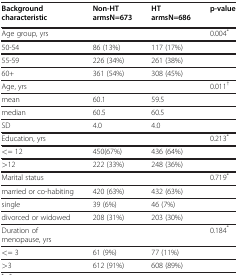
<table><thead><tr><td><b>Background characteristic</b></td><td><b>Non-HT armsN=673</b></td><td><b>HT armsN=686</b></td><td><b>p-value</b></td></tr></thead><tbody><tr><td>Age group, yrs</td><td> </td><td> </td><td>0.004<sup>*</sup></td></tr><tr><td>50-54</td><td>86 (13%)</td><td>117 (17%)</td><td> </td></tr><tr><td>55-59</td><td>226 (34%)</td><td>261 (38%)</td><td> </td></tr><tr><td>60+</td><td>361 (54%)</td><td>308 (45%)</td><td> </td></tr><tr><td>Age, yrs</td><td> </td><td> </td><td>0.011<sup>†</sup></td></tr><tr><td>mean</td><td>60.1</td><td>59.5</td><td> </td></tr><tr><td>median</td><td>60.5</td><td>60.5</td><td> </td></tr><tr><td>SD</td><td>4.0</td><td>4.0</td><td> </td></tr><tr><td>Education, yrs</td><td> </td><td> </td><td>0.213<sup>*</sup></td></tr><tr><td>&lt;= 12</td><td>450(67%)</td><td>436 (64%)</td><td> </td></tr><tr><td>&gt;12</td><td>222 (33%)</td><td>248 (36%)</td><td> </td></tr><tr><td>Marital status</td><td> </td><td> </td><td>0.719<sup>*</sup></td></tr><tr><td>married or co-habiting</td><td>420 (63%)</td><td>432 (63%)</td><td> </td></tr><tr><td>single</td><td>39 (6%)</td><td>46 (7%)</td><td> </td></tr><tr><td>divorced or widowed</td><td>208 (31%)</td><td>203 (30%)</td><td> </td></tr><tr><td>Duration of menopause, yrs</td><td> </td><td> </td><td>0.184<sup>*</sup></td></tr><tr><td>&lt;= 3</td><td>61 (9%)</td><td>77 (11%)</td><td> </td></tr><tr><td>&gt;3</td><td>612 (91%)</td><td>608 (89%)</td><td> </td></tr></tbody></table>